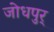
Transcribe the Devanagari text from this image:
जोधपुर्